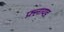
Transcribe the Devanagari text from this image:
फ़्लायड